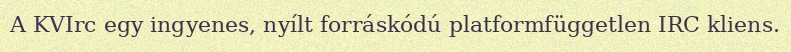
A KVIrc egy ingyenes, nyílt forráskódú platformfüggetlen IRC kliens.